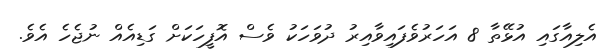
އެލިއާގައި އުޅޭތާ 8 އަހަރުވެފައިވާއިރު ދުވަހަކު ވެސް އޮފީހަކަށް ގަޑިއެއް ނުޖެހެ އެވެ.